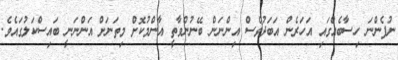
ނުފެންނަ ހިސާބެއްގައި އަހަރެން އަބަދުވެސް އިންނަން ބޭނުންވާތީ އާންމުކޮށް މިތަނަށް އަންނަނީ ބައިސްކަލުގައެވެ.